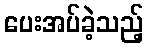
ပေးအပ်ခဲ့သည့်